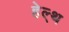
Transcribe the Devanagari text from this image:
हेल्‍्थ